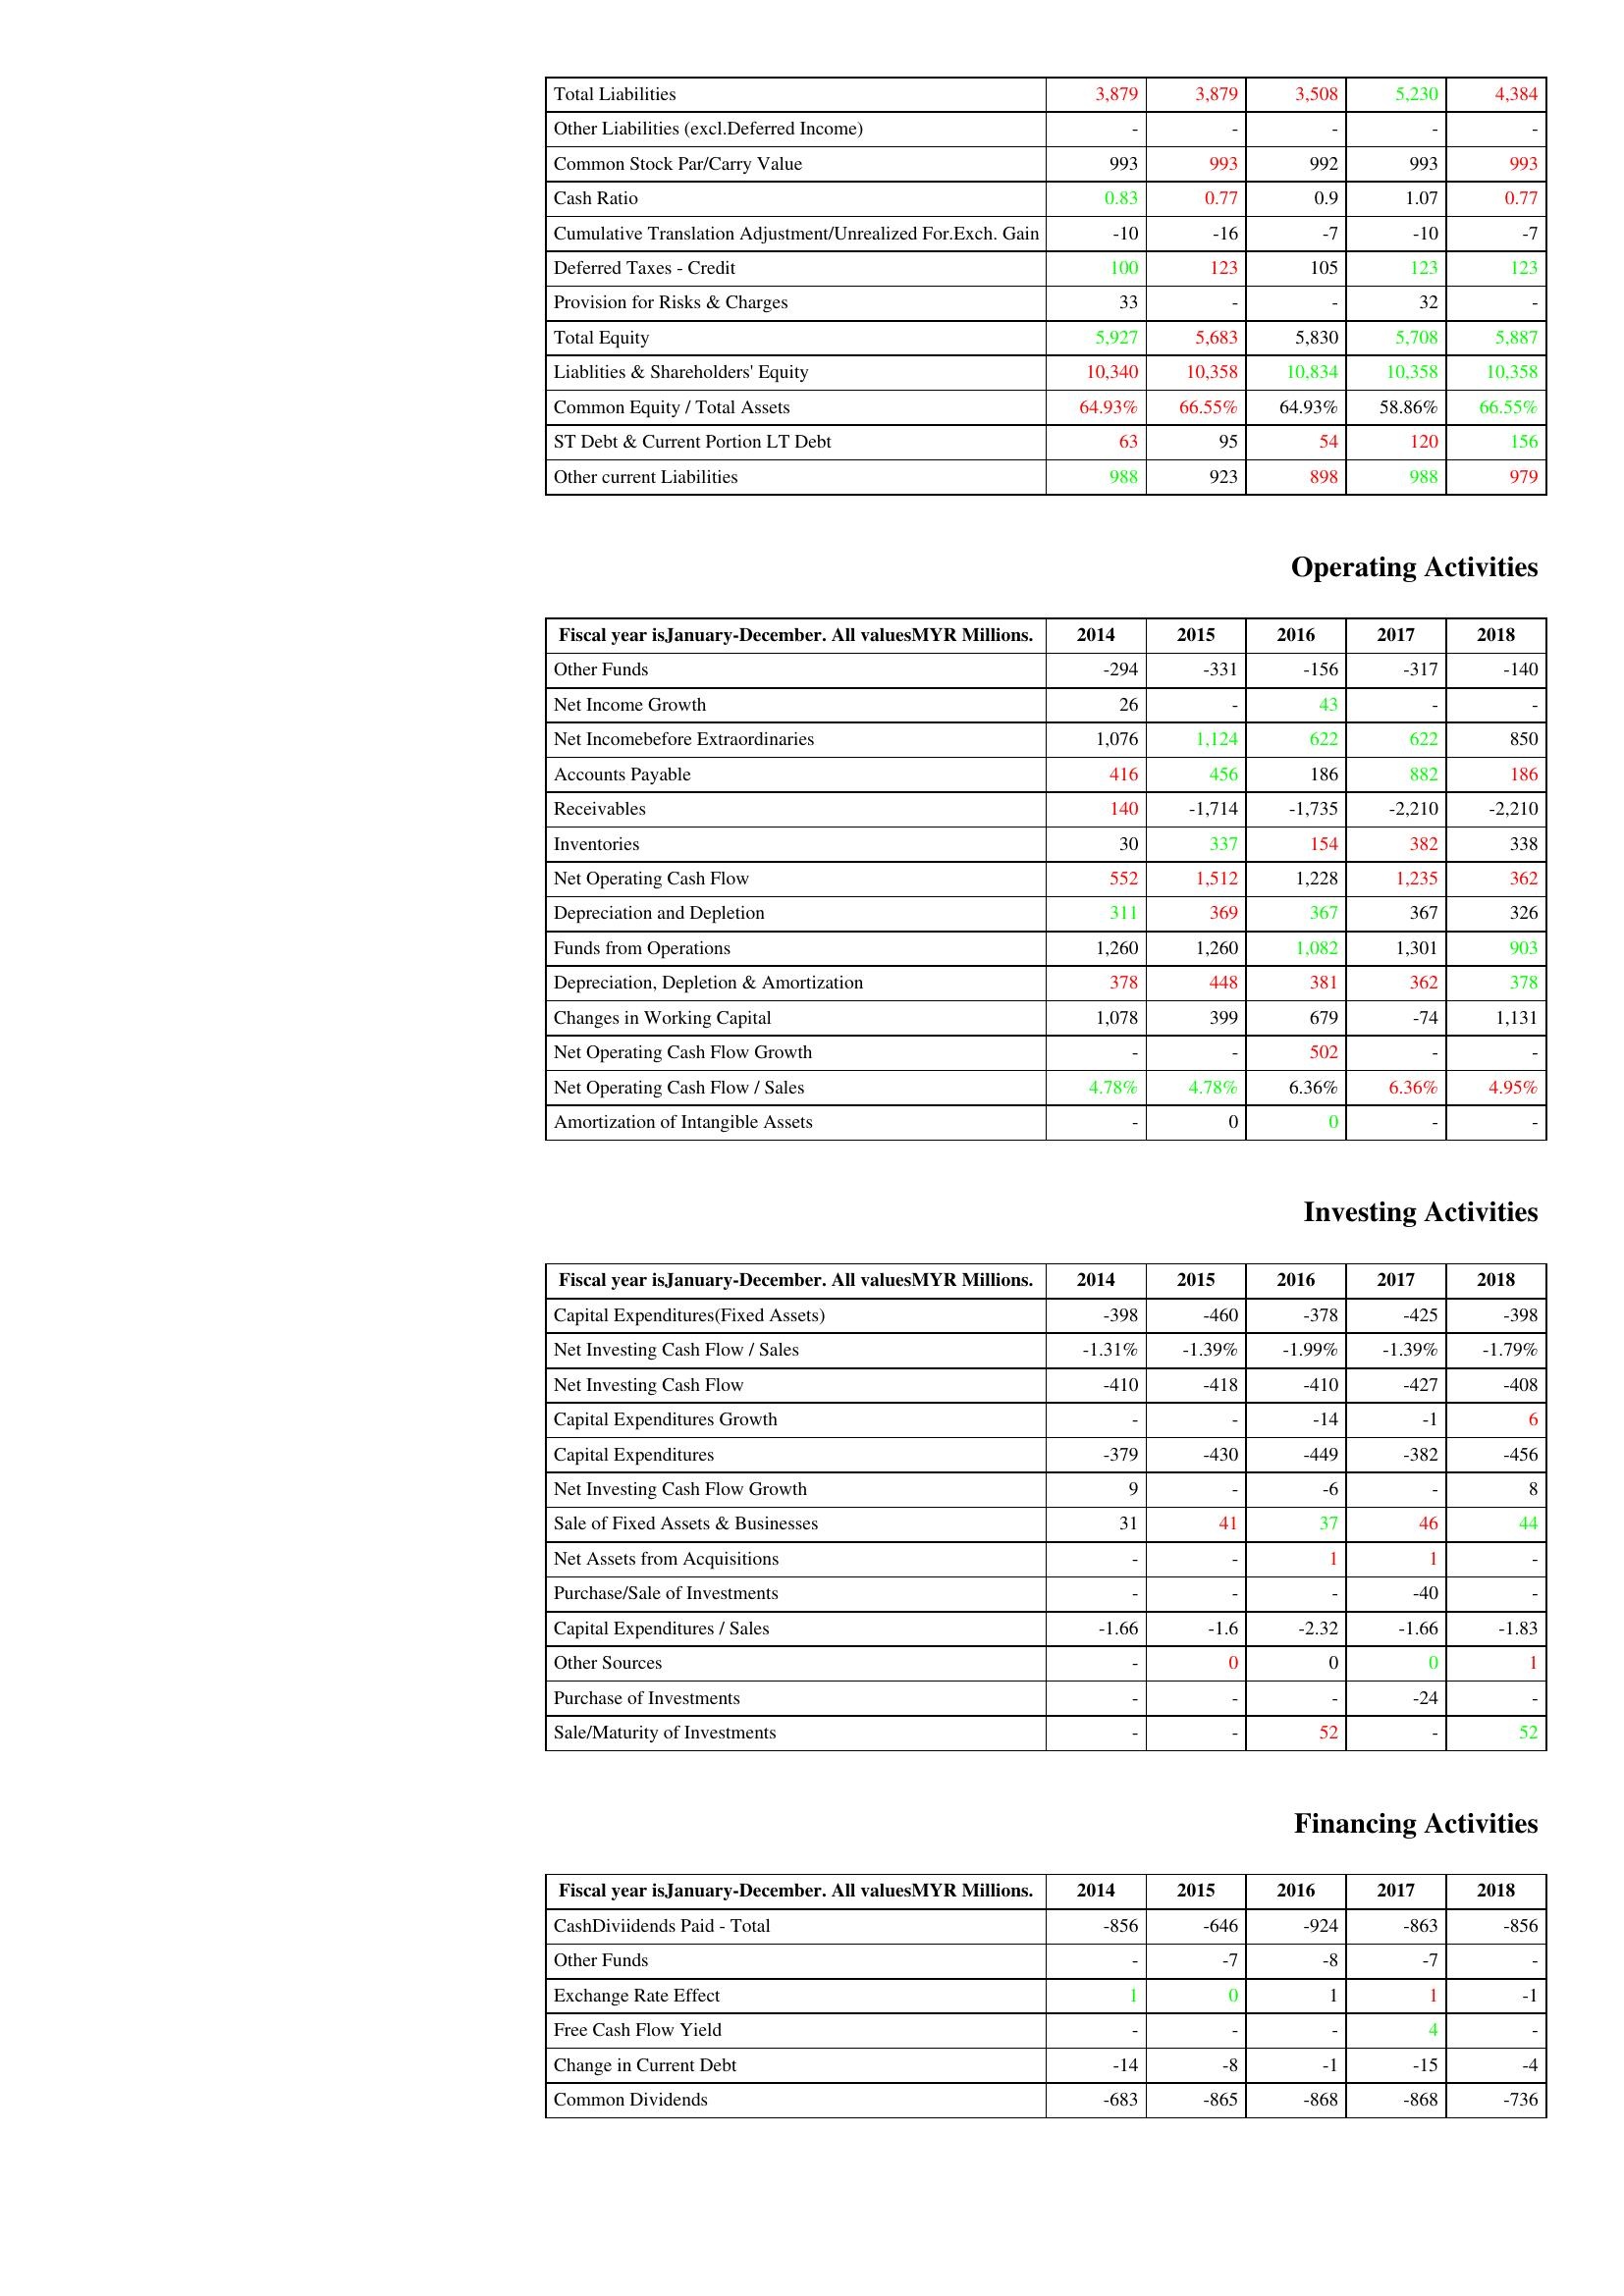
gt_parse: 2014: Liabilities & Shareholder's Equity: Total Liabilities: 3,879
Other Liabilities (excl.Deferred Income): -
Common Stock Par/Carry Value: 993
Cash Ratio: 0.83
Cumulative Translation Adjustment/Unrealized For.Exch. Gain: -10
Deferred Taxes - Credit: 100
Provision for Risks & Charges: 33
Total Equity: 5,927
Liablities & Shareholders' Equity: 10,340
Common Equity / Total Assets: 64.93%
ST Debt & Current Portion LT Debt: 63
Other current Liabilities: 988
Operating Activities: Other Funds: -294
Net Income Growth: 26
Net Incomebefore Extraordinaries: 1,076
Accounts Payable: 416
Receivables: 140
Inventories: 30
Net Operating Cash Flow: 552
Depreciation and Depletion: 311
Funds from Operations: 1,260
Depreciation, Depletion & Amortization: 378
Changes in Working Capital: 1,078
Net Operating Cash Flow Growth: -
Net Operating Cash Flow / Sales: 4.78%
Amortization of Intangible Assets: -
Investing Activities: Capital Expenditures(Fixed Assets): -398
Net Investing Cash Flow / Sales: -1.31%
Net Investing Cash Flow: -410
Capital Expenditures Growth: -
Capital Expenditures: -379
Net Investing Cash Flow Growth: 9
Sale of Fixed Assets & Businesses: 31
Net Assets from Acquisitions: -
Purchase/Sale of Investments: -
Capital Expenditures / Sales: -1.66
Other Sources: -
Purchase of Investments: -
Sale/Maturity of Investments: -
Financing Activities: CashDiviidends Paid - Total: -856
Other Funds: -
Exchange Rate Effect: 1
Free Cash Flow Yield: -
Change in Current Debt: -14
Common Dividends: -683
2015: Liabilities & Shareholder's Equity: Total Liabilities: 3,879
Other Liabilities (excl.Deferred Income): -
Common Stock Par/Carry Value: 993
Cash Ratio: 0.77
Cumulative Translation Adjustment/Unrealized For.Exch. Gain: -16
Deferred Taxes - Credit: 123
Provision for Risks & Charges: -
Total Equity: 5,683
Liablities & Shareholders' Equity: 10,358
Common Equity / Total Assets: 66.55%
ST Debt & Current Portion LT Debt: 95
Other current Liabilities: 923
Operating Activities: Other Funds: -331
Net Income Growth: -
Net Incomebefore Extraordinaries: 1,124
Accounts Payable: 456
Receivables: -1,714
Inventories: 337
Net Operating Cash Flow: 1,512
Depreciation and Depletion: 369
Funds from Operations: 1,260
Depreciation, Depletion & Amortization: 448
Changes in Working Capital: 399
Net Operating Cash Flow Growth: -
Net Operating Cash Flow / Sales: 4.78%
Amortization of Intangible Assets: 0
Investing Activities: Capital Expenditures(Fixed Assets): -460
Net Investing Cash Flow / Sales: -1.39%
Net Investing Cash Flow: -418
Capital Expenditures Growth: -
Capital Expenditures: -430
Net Investing Cash Flow Growth: -
Sale of Fixed Assets & Businesses: 41
Net Assets from Acquisitions: -
Purchase/Sale of Investments: -
Capital Expenditures / Sales: -1.6
Other Sources: 0
Purchase of Investments: -
Sale/Maturity of Investments: -
Financing Activities: CashDiviidends Paid - Total: -646
Other Funds: -7
Exchange Rate Effect: 0
Free Cash Flow Yield: -
Change in Current Debt: -8
Common Dividends: -865
2016: Liabilities & Shareholder's Equity: Total Liabilities: 3,508
Other Liabilities (excl.Deferred Income): -
Common Stock Par/Carry Value: 992
Cash Ratio: 0.9
Cumulative Translation Adjustment/Unrealized For.Exch. Gain: -7
Deferred Taxes - Credit: 105
Provision for Risks & Charges: -
Total Equity: 5,830
Liablities & Shareholders' Equity: 10,834
Common Equity / Total Assets: 64.93%
ST Debt & Current Portion LT Debt: 54
Other current Liabilities: 898
Operating Activities: Other Funds: -156
Net Income Growth: 43
Net Incomebefore Extraordinaries: 622
Accounts Payable: 186
Receivables: -1,735
Inventories: 154
Net Operating Cash Flow: 1,228
Depreciation and Depletion: 367
Funds from Operations: 1,082
Depreciation, Depletion & Amortization: 381
Changes in Working Capital: 679
Net Operating Cash Flow Growth: 502
Net Operating Cash Flow / Sales: 6.36%
Amortization of Intangible Assets: 0
Investing Activities: Capital Expenditures(Fixed Assets): -378
Net Investing Cash Flow / Sales: -1.99%
Net Investing Cash Flow: -410
Capital Expenditures Growth: -14
Capital Expenditures: -449
Net Investing Cash Flow Growth: -6
Sale of Fixed Assets & Businesses: 37
Net Assets from Acquisitions: 1
Purchase/Sale of Investments: -
Capital Expenditures / Sales: -2.32
Other Sources: 0
Purchase of Investments: -
Sale/Maturity of Investments: 52
Financing Activities: CashDiviidends Paid - Total: -924
Other Funds: -8
Exchange Rate Effect: 1
Free Cash Flow Yield: -
Change in Current Debt: -1
Common Dividends: -868
2017: Liabilities & Shareholder's Equity: Total Liabilities: 5,230
Other Liabilities (excl.Deferred Income): -
Common Stock Par/Carry Value: 993
Cash Ratio: 1.07
Cumulative Translation Adjustment/Unrealized For.Exch. Gain: -10
Deferred Taxes - Credit: 123
Provision for Risks & Charges: 32
Total Equity: 5,708
Liablities & Shareholders' Equity: 10,358
Common Equity / Total Assets: 58.86%
ST Debt & Current Portion LT Debt: 120
Other current Liabilities: 988
Operating Activities: Other Funds: -317
Net Income Growth: -
Net Incomebefore Extraordinaries: 622
Accounts Payable: 882
Receivables: -2,210
Inventories: 382
Net Operating Cash Flow: 1,235
Depreciation and Depletion: 367
Funds from Operations: 1,301
Depreciation, Depletion & Amortization: 362
Changes in Working Capital: -74
Net Operating Cash Flow Growth: -
Net Operating Cash Flow / Sales: 6.36%
Amortization of Intangible Assets: -
Investing Activities: Capital Expenditures(Fixed Assets): -425
Net Investing Cash Flow / Sales: -1.39%
Net Investing Cash Flow: -427
Capital Expenditures Growth: -1
Capital Expenditures: -382
Net Investing Cash Flow Growth: -
Sale of Fixed Assets & Businesses: 46
Net Assets from Acquisitions: 1
Purchase/Sale of Investments: -40
Capital Expenditures / Sales: -1.66
Other Sources: 0
Purchase of Investments: -24
Sale/Maturity of Investments: -
Financing Activities: CashDiviidends Paid - Total: -863
Other Funds: -7
Exchange Rate Effect: 1
Free Cash Flow Yield: 4
Change in Current Debt: -15
Common Dividends: -868
2018: Liabilities & Shareholder's Equity: Total Liabilities: 4,384
Other Liabilities (excl.Deferred Income): -
Common Stock Par/Carry Value: 993
Cash Ratio: 0.77
Cumulative Translation Adjustment/Unrealized For.Exch. Gain: -7
Deferred Taxes - Credit: 123
Provision for Risks & Charges: -
Total Equity: 5,887
Liablities & Shareholders' Equity: 10,358
Common Equity / Total Assets: 66.55%
ST Debt & Current Portion LT Debt: 156
Other current Liabilities: 979
Operating Activities: Other Funds: -140
Net Income Growth: -
Net Incomebefore Extraordinaries: 850
Accounts Payable: 186
Receivables: -2,210
Inventories: 338
Net Operating Cash Flow: 362
Depreciation and Depletion: 326
Funds from Operations: 903
Depreciation, Depletion & Amortization: 378
Changes in Working Capital: 1,131
Net Operating Cash Flow Growth: -
Net Operating Cash Flow / Sales: 4.95%
Amortization of Intangible Assets: -
Investing Activities: Capital Expenditures(Fixed Assets): -398
Net Investing Cash Flow / Sales: -1.79%
Net Investing Cash Flow: -408
Capital Expenditures Growth: 6
Capital Expenditures: -456
Net Investing Cash Flow Growth: 8
Sale of Fixed Assets & Businesses: 44
Net Assets from Acquisitions: -
Purchase/Sale of Investments: -
Capital Expenditures / Sales: -1.83
Other Sources: 1
Purchase of Investments: -
Sale/Maturity of Investments: 52
Financing Activities: CashDiviidends Paid - Total: -856
Other Funds: -
Exchange Rate Effect: -1
Free Cash Flow Yield: -
Change in Current Debt: -4
Common Dividends: -736